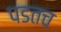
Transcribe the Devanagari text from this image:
पडतच